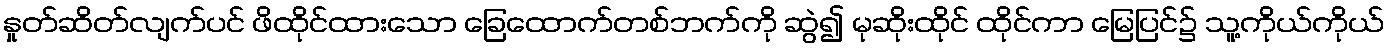
နှုတ်ဆိတ်လျက်ပင် ဖိထိုင်ထားသော ခြေထောက်တစ်ဘက်ကို ဆွဲ၍ မုဆိုးထိုင် ထိုင်ကာ မြေပြင်၌ သူ့ကိုယ်ကိုယ်